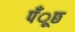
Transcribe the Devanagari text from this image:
पँूछ